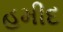
હમીદ